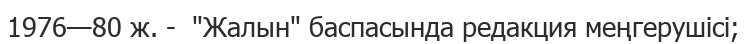
1976—80 ж. -  "Жалын" баспасында редакция меңгерушісі;